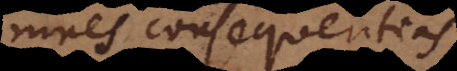
omnes consequentias